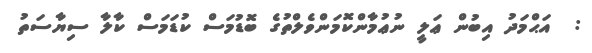
:  އަޙްމަދު އިބުން ޢަލީ ނުޢުމާންކޮމަންވެލްތުގެ ބޮޑުމަސް ކުޑަމަސް ކާލާ ސިޔާސަތު